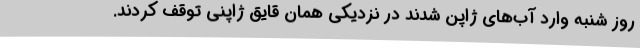
روز شنبه وارد آب‌های ژاپن شدند در نزدیکی همان قایق ژاپنی توقف کردند.